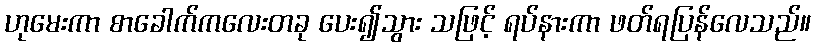
ဟုမေးကာ စာခေါက်ကလေးတခု ပေး၍သွား သဖြင့် ရပ်နားကာ ဖတ်ရပြန်လေသည်။